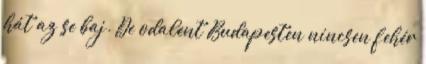
hát az se baj. De odalent Budapesten nincsen fehér